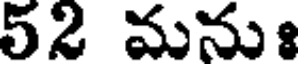
52 మనుః